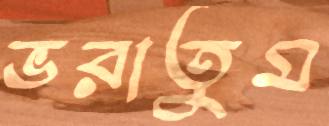
ভরাতুম